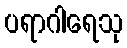
ပရာဂါရေသု